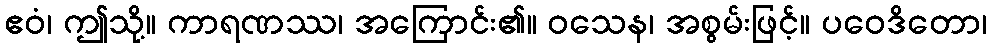
ဧဝံ၊ ဤသို့။ ကာရဏဿ၊ အကြောင်း၏။ ဝသေန၊ အစွမ်းဖြင့်။ ပဝေဒိတော၊